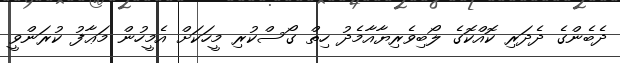
ދެބެންގެ ދެދަރި ކޮއްކޮގެ ލޯބިވެރިޔާއާމެދު ހިތް ގޯސްކުރި މީހަކަށް އެމީހުން މަޢާފު ކުރަންވީ